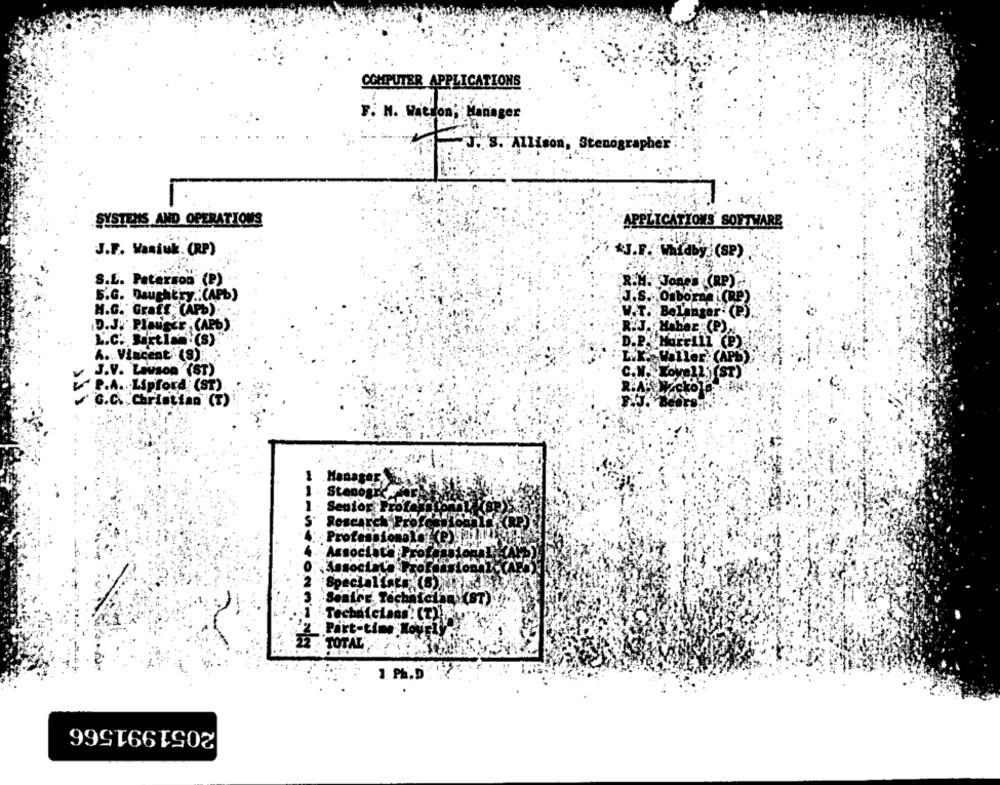
COMPUTER APPLICATIONS
F. N. Watson; Manager
J. S. Allison, Stenographer
SYSTEMS AND OPERATIONS
APPLICATIONS SOFTWARE
J.F. Waniuk. (RP)
*J.F. Whidby (SP)
S.L. Paterson (P)
R.M. Jones (RP).
5.G. Daughtry .: (APb)
J.S. OnboraAL(Re)
H.G. Graff (APb):
. Belanger (P)
D.J." PlaungE ; (APb)
Haber (P).
L.C. Bartlas (S)
D.P.MAFELIZ (P):
A. Vincent (S)
Willer. (APB)
J.V. Lawson (ST)
'C.W. Xovell.(ST)
P.A. Lipford (ST)
G.C. Christian" (T)
Stenogr
1
Senior Profe
Rescarch, P
Professional
Special fats;
Seaire Technician (ST),
FONT'S
Technicians: (T)).
Part-time Novely
TOTAL
1 PH.D
2051991566